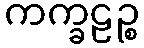
ကက္ခဠဉ္စ